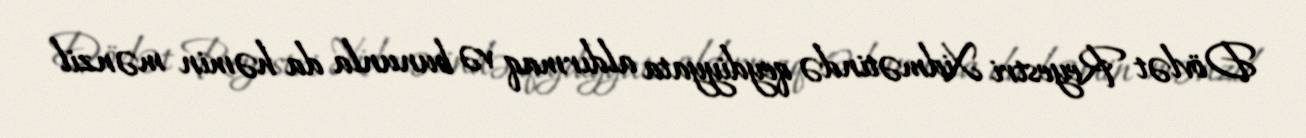
Dövlət Reyestri Xidmətində qeydiyyata aldırmaq və bununla da həmin mənzil